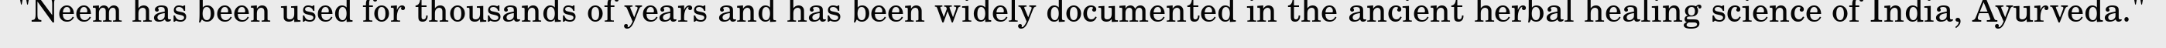
"Neem has been used for thousands of years and has been widely documented in the ancient herbal healing science of India, Ayurveda."